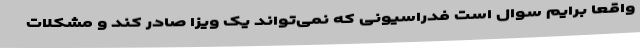
واقعا برایم سوال است فدراسیونی که نمی‌تواند یک ویزا صادر کند و مشکلات